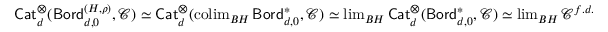
\begin{array} { r } { { \mathsf { C a t } } _ { d } ^ { \otimes } ( { \mathsf { B o r d } } _ { d , 0 } ^ { ( H , \rho ) } , \mathcal { C } ) \simeq { \mathsf { C a t } } _ { d } ^ { \otimes } ( \operatorname { c o l i m } _ { B H } { \mathsf { B o r d } } _ { d , 0 } ^ { * } , \mathcal { C } ) \simeq \operatorname* { l i m } _ { B H } { \mathsf { C a t } } _ { d } ^ { \otimes } ( { \mathsf { B o r d } } _ { d , 0 } ^ { * } , \mathcal { C } ) \simeq \operatorname* { l i m } _ { B H } \mathcal { C } ^ { f . d . } \ \ } \end{array}